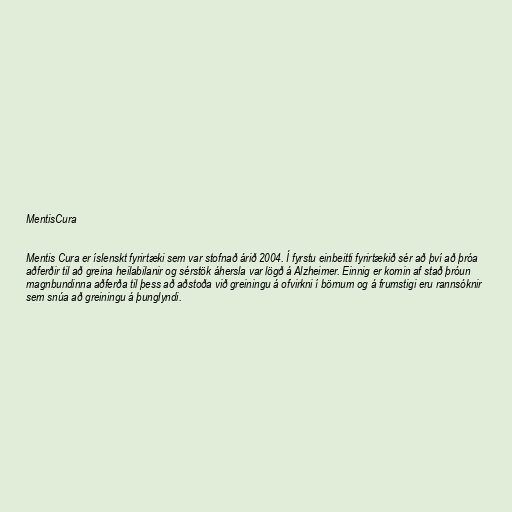
MentisCura

Mentis Cura er íslenskt fyrirtæki sem var stofnað árið 2004. Í fyrstu einbeitti fyrirtækið sér að því að þróa
aðferðir til að greina heilabilanir og sérstök áhersla var lögð á Alzheimer. Einnig er komin af stað þróun
magnbundinna aðferða til þess að aðstoða við greiningu á ofvirkni í börnum og á frumstigi eru rannsóknir
sem snúa að greiningu á þunglyndi.